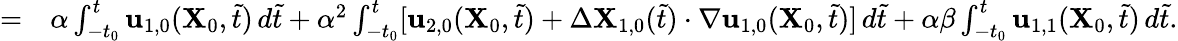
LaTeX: \begin{array}{rl}{=}&{{}\alpha\int_{-t_{0}}^{t}\mathbf{u}_{1,0}(\mathbf{X}_{0},\tilde{t})\, d\tilde{t}+\alpha^{2}\int_{-t_{0}}^{t}[\mathbf{u}_{2,0}(\mathbf{X}_{0},\tilde{t})+\Delta\mathbf{X}_{1,0}(\tilde{t})\cdot\nabla\mathbf{u}_{1,0}(\mathbf{X}_{0},\tilde{t})]\, d\tilde{t}+\alpha\beta\int_{-t_{0}}^{t}\mathbf{u}_{1,1}(\mathbf{X}_{0},\tilde{t})\, d\tilde{t}.}\end{array}